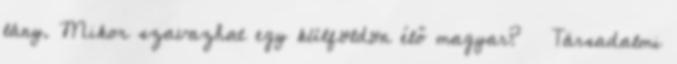
lány. Mikor szavazhat egy külföldön élő magyar? ← Társadalmi